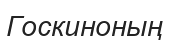
Госкиноның